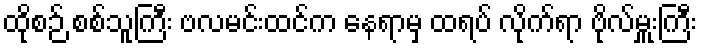
ထိုစဉ် စစ်သူကြီး ဗလမင်းထင်က နေရာမှ ထရပ် လိုက်ရာ ဗိုလ်မှူးကြီး